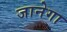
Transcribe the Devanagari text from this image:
जानेगा